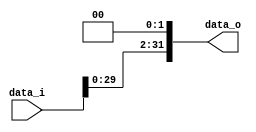
//Subject:      CO project 2 - Shift_Left_Two_32
//--------------------------------------------------------------------------------
//Version:     1
//--------------------------------------------------------------------------------
//Description: shift data left two bits
//--------------------------------------------------------------------------------

module Shift_Left_Two_32(
    data_i,
    data_o
    );

//I/O ports                    
input [32-1:0] data_i;

output [32-1:0] data_o;

reg [31:0] i,data_o;

//shift left 2

always @( * )
	begin
	
	data_o[0] = 1'b0;
	data_o[1] = 1'b0;

	for(i=2; i<=31; i=i+1)
		begin
		data_o[i] = data_i[i-2];
		end
		
	end

endmodule